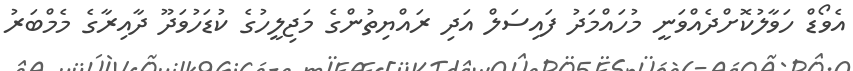
އެވޯޑް ހަވާލުކޮށްދެއްވަނީ މުހައްމަދު ފައިސަލް އަދި ރައްޔިތުންގެ މަޖިލީހުގެ ކުޑަހުވަދޫ ދާއިރާގެ މެމްބަރު